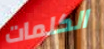
الكلمات